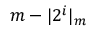
m - \vert 2 ^ { i } \vert _ { m }